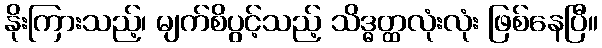
နိုးကြားသည့်၊ မျက်စိပွင့်သည့် သိဒ္ဓတ္ထလုံးလုံး ဖြစ်နေပြီ။